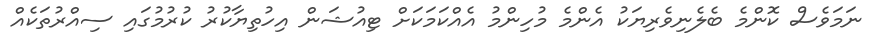
ނަމަވެސް ކޮންމެ ބެލެނިވެރިޔަކު އެންމެ މުހިންމު އެއްކަމަކަށް ޓިއުޝަން އިހުތިޔާކުރު ކުރުމުގައި ސިއްރުތަކެއް